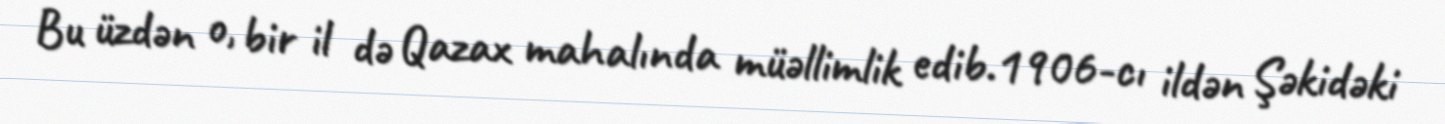
Bu üzdən o, bir il də Qazax mahalında müəllimlik edib.1906-cı ildən Şəkidəki